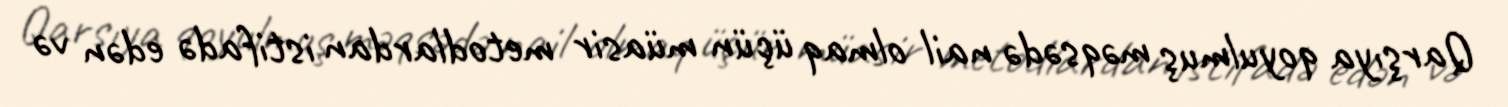
Qarşıya qoyulmuş məqsədə nail olmaq üçün müasir metodlardan istifadə edən və